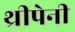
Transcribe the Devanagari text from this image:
थ्रीपेनी